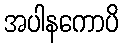
အပါနကောပိ